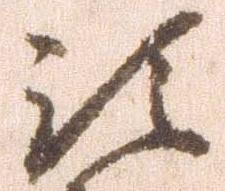
預